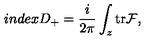
i n d e x D _ { + } = \frac { i } { 2 \pi } \int _ { z } \mathrm { t r } { \cal F } ,